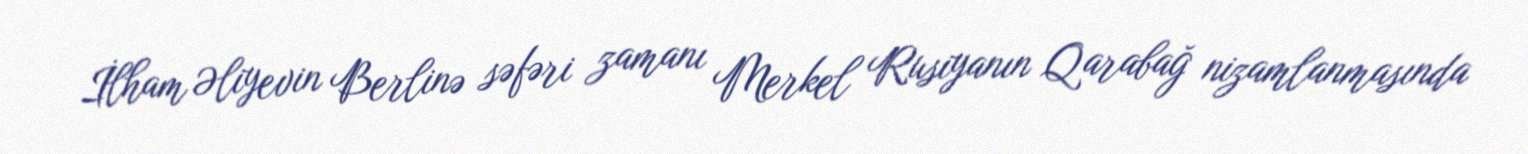
İlham Əliyevin Berlinə səfəri zamanı Merkel Rusiyanın Qarabağ nizamlanmasında